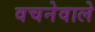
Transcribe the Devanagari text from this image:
वचनेवाले